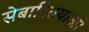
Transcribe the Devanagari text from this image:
सेबास्तियाओ